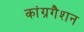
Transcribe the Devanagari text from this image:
कांग्रगैशन